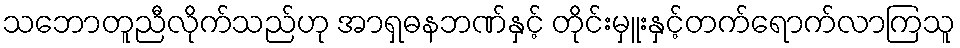
သဘောတူညီလိုက်သည်ဟု အာရှဓနဘဏ်နှင့် တိုင်းမှူးနှင့်တက်ရောက်လာကြသူ